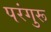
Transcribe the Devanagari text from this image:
परंगुरू